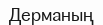
Дерманың